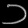
Digit: ၁